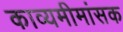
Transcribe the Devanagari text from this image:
काव्यमीमांसक